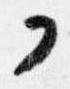
フ